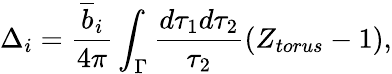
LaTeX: \Delta_{i}=\frac{\overline{{{b}}}_{i}}{4\pi}\int_{\Gamma}\frac{d\tau_{1}d\tau_{2}}{\tau_{2}}\left(Z_{torus}-1\right),